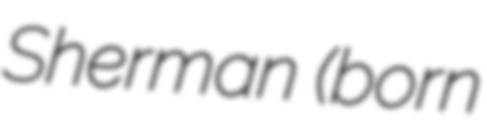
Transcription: Sherman (born